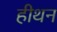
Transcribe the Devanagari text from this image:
हीथन